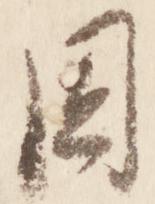
固